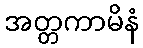
အတ္တကာမိနံ